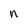
Character: n